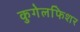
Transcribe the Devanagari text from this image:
कुगेलफिशर